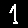
Digit: 1